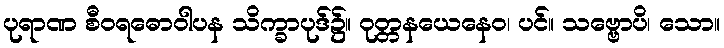
ပုရာဏ စီဝရဓောဝါပန သိက္ခာပုဒ်၌။ ဝုတ္တနယေနေဝ၊ ပင်။ သဗ္ဗောပိ၊ သော။